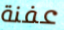
عفنة